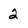
Character: 2